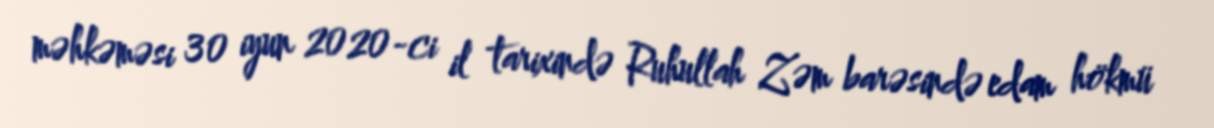
məhkəməsi 30 iyun 2020-ci il tarixində Ruhullah Zəm barəsində edam hökmü